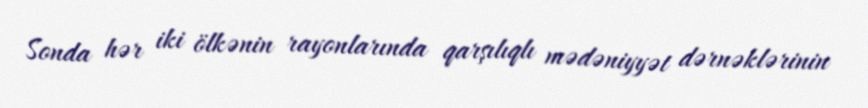
Sonda hər iki ölkənin rayonlarında qarşılıqlı mədəniyyət dərnəklərinin